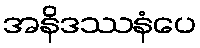
အနိဒဿနံပေ